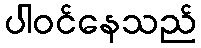
ပါဝင်နေသည်